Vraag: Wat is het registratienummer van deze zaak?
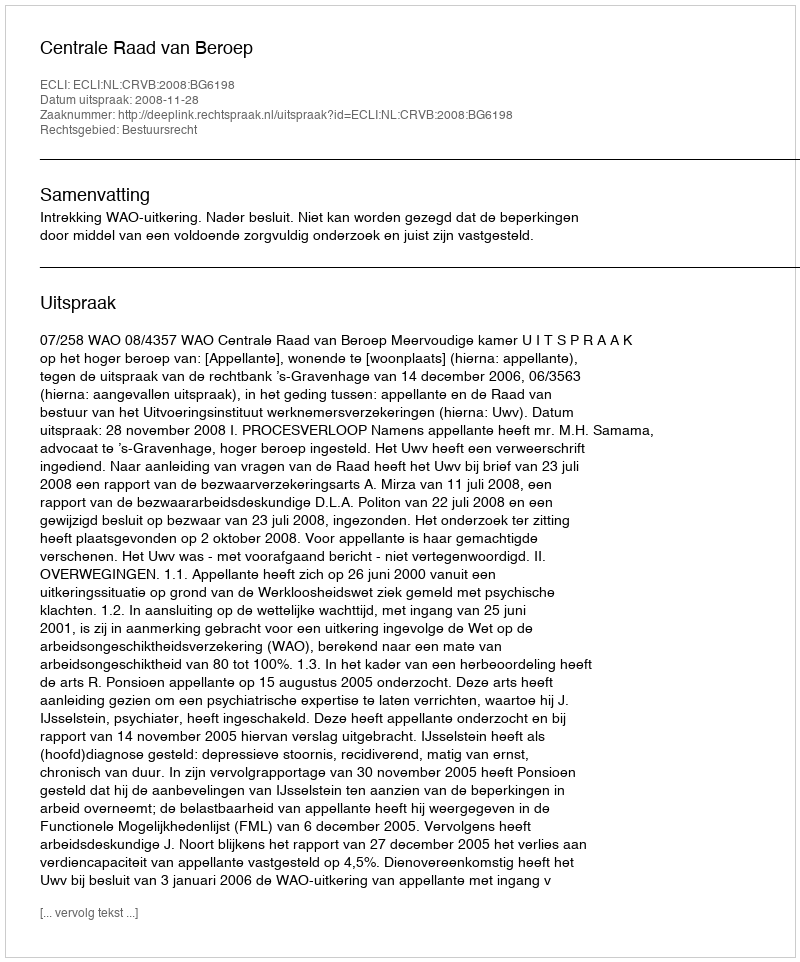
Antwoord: http://deeplink.rechtspraak.nl/uitspraak?id=ECLI:NL:CRVB:2008:BG6198